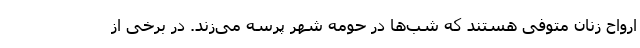
ارواح زنان متوفی هستند که شب‌ها در حومه شهر پرسه می‌زند. در برخی از